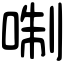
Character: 𠶜